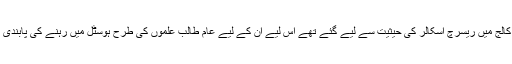
چونکہ کالج میں ریسرچ اسکالر کی حیثیت سے لیے گئے تھے اس لیے ان کے لیے عام طالب علموں کی طرح ہوسٹل میں رہنے کی پابندی نہ تھی۔